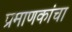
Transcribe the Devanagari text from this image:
प्रमाणकांचा